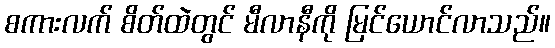
စကားလက် စိတ်ထဲတွင် မီလာနီကို မြင်ယောင်လာသည်။